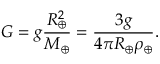
G = g { \frac { R _ { \oplus } ^ { 2 } } { M _ { \oplus } } } = { \frac { 3 g } { 4 \pi R _ { \oplus } \rho _ { \oplus } } } .